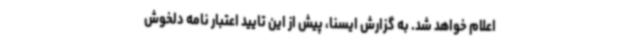
اعلام خواهد شد. به گزارش ایسنا، پیش از این تایید اعتبار نامه دلخوش